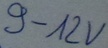
Text: 9-12V